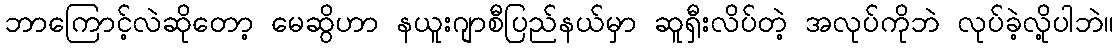
ဘာကြောင့်လဲဆိုတော့ မေဆွိဟာ နယူးဂျာစီပြည်နယ်မှာ ဆူရှီးလိပ်တဲ့ အလုပ်ကိုဘဲ လုပ်ခဲ့လို့ပါဘဲ။